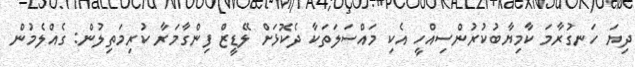
ދިޔަ ހަނގުރާމަ ކާމިޔާބުކުރުންސިއްހީ އެކި މައްސަލަތަކާ ދެކޮޅަށް ލޭޑީޒް ފިންގާމަރާ ކުރިމަތިލުން: ގެއްލެމުން